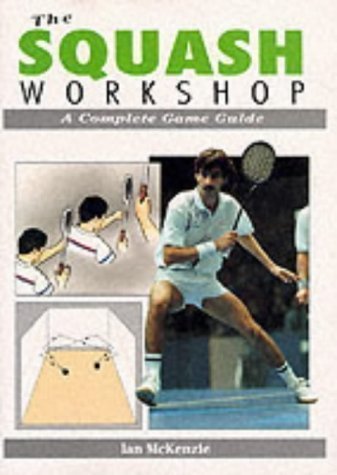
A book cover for The Squash Workshop: A Complete Game Guide by McKenzie, Ian New Edition (1993); Sports & Outdoors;